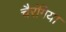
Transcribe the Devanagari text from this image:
चैरंगिया